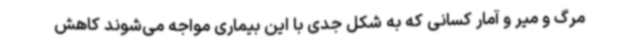
مرگ و میر و آمار کسانی که به شکل جدی با این بیماری مواجه می‌شوند کاهش